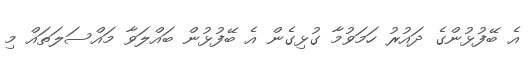
އެ ބޭފުޅުންގެ ދައުރު ހަމަވުމާ ގުޅިގެން އެ ބޭފުޅުން ބައްލަވާ މައްސަލަތައް މި